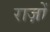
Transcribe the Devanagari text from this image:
राज़ों